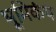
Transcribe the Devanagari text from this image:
भूमिकंप